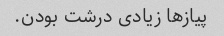
پیاز‌ها زیادی درشت بودن.